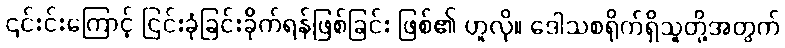
၎င်းင်းကြောင့် ငြင်းခုံခြင်းခိုက်ရန်ဖြစ်ခြင်း ဖြစ်၏ ဟူလို။ ဒေါသစရိုက်ရှိသူတို့အတွက်